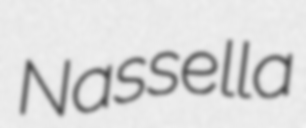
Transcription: Nassella